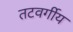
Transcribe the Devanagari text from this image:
तटवर्गीय